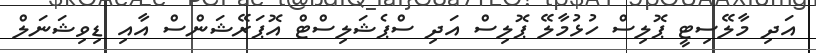
އަދި މާލޭސިޓީ ޕޮލިސް ހުޅުމާލޭ ޕޮލިސް އަދި ސްޕެޝަލިސްޓް އޮޕަރޭޝަންސް އާއި ޑިވިޝަނަލް